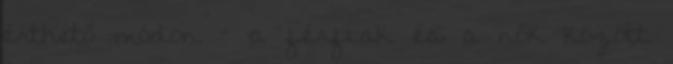
érthető módon – a férfiak és a nők között